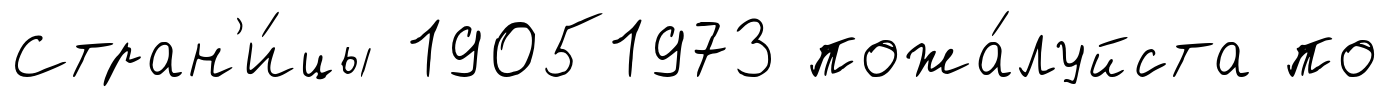
Стран'и́цы 19051973 пожа́луйста по